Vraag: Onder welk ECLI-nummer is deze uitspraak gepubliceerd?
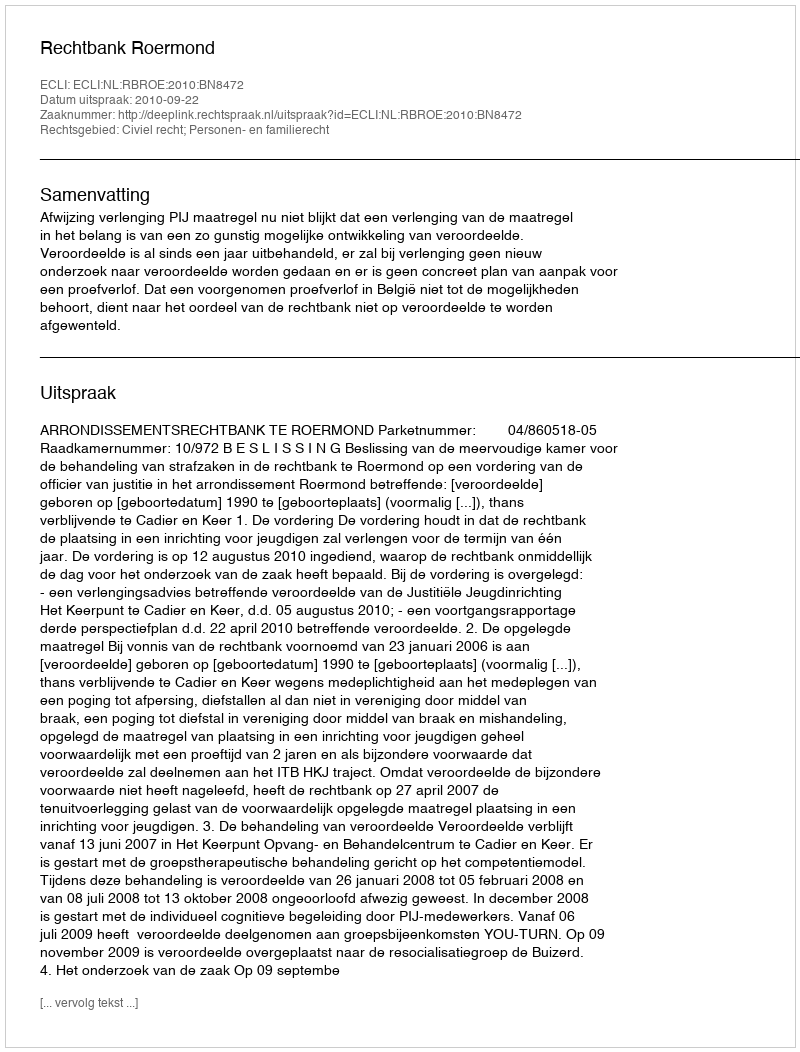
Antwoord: ECLI:NL:RBROE:2010:BN8472